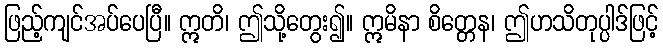
ဖြည့်ကျင်အပ်ပေပြီ။ ဣတိ၊ ဤသို့တွေး၍။ ဣမိနာ စိတ္တေန၊ ဤဟသိတုပ္ပါဒ်ဖြင့်